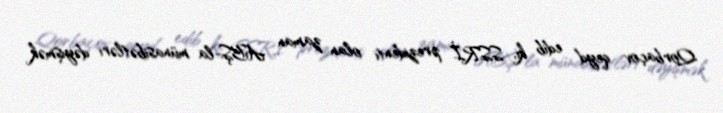
Qorbaçov qeyd edib ki, SSRİ prezidenti olan zaman ABŞ-la münasibətləri dəyişmək